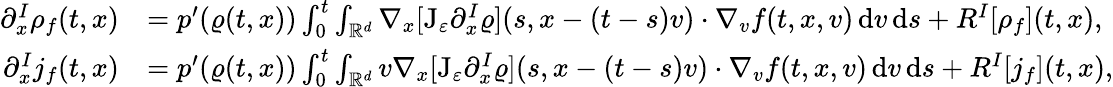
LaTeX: \begin{array}{rl}{\partial_{x}^{I}\rho_{f}(t,x)}&{=p^{\prime}(\varrho(t,x))\int_{0}^{t}\int_{\mathbb R^{d}}\nabla_{x}[\mathrm{J}_{\varepsilon}\partial_{x}^{I}\varrho](s,x-(t-s)v)\cdot\nabla_{v}f(t,x,v)\, \mathrm{d}v\, \mathrm{d}s+R^{I}[\rho_{f}](t,x),}\\ {\partial_{x}^{I}j_{f}(t,x)}&{=p^{\prime}(\varrho(t,x))\int_{0}^{t}\int_{\mathbb R^{d}}v\nabla_{x}[\mathrm{J}_{\varepsilon}\partial_{x}^{I}\varrho](s,x-(t-s)v)\cdot\nabla_{v}f(t,x,v)\, \mathrm{d}v\, \mathrm{d}s+R^{I}[j_{f}](t,x),}\end{array}